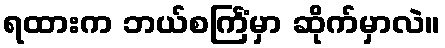
ရထားက ဘယ်စင်္ကြံမှာ ဆိုက်မှာလဲ။